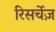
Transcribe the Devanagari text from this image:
रिसर्चेज़